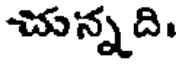
చున్నది.